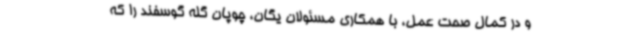
و در کمال صحت عمل، با همکاری مسئولان یگان، چوپان گله گوسفند را که